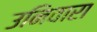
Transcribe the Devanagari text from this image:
उनिवारा